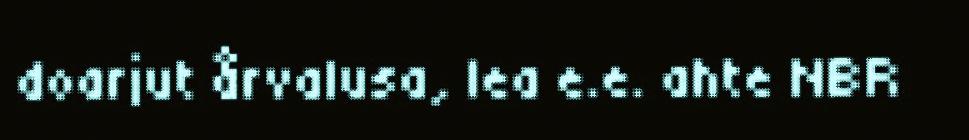
doarjut årvalusa, lea e.e. ahte NBR